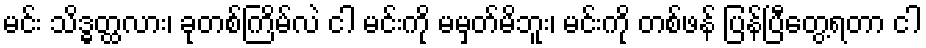
မင်း သိဒ္ဓတ္ထလား၊ ခုတစ်ကြိမ်လဲ ငါ မင်းကို မမှတ်မိဘူး၊ မင်းကို တစ်ဖန် ပြန်ပြီတွေ့ရတာ ငါ